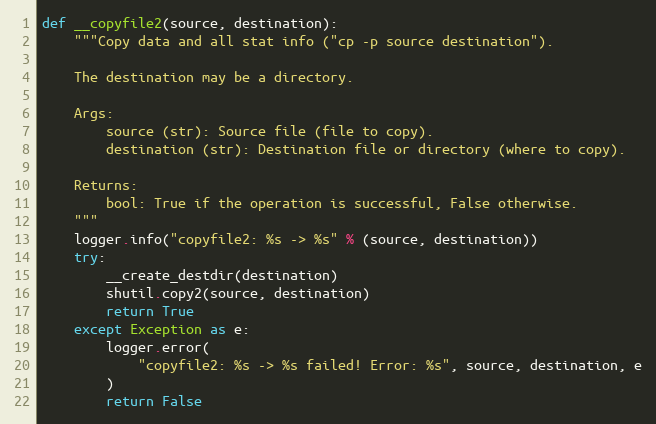
Language: Python
def __copyfile2(source, destination):
    """Copy data and all stat info ("cp -p source destination").

    The destination may be a directory.

    Args:
        source (str): Source file (file to copy).
        destination (str): Destination file or directory (where to copy).

    Returns:
        bool: True if the operation is successful, False otherwise.
    """
    logger.info("copyfile2: %s -> %s" % (source, destination))
    try:
        __create_destdir(destination)
        shutil.copy2(source, destination)
        return True
    except Exception as e:
        logger.error(
            "copyfile2: %s -> %s failed! Error: %s", source, destination, e
        )
        return False